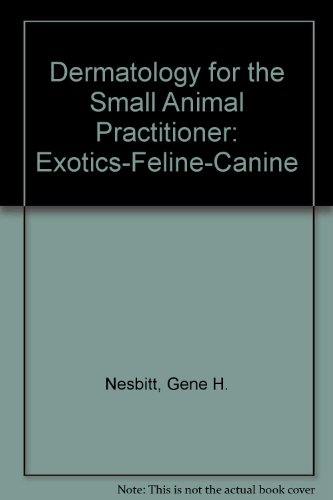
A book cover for Dermatology for the Small Animal Practitioner Exotics - Feline - Canine; Gene H. Nesbitt; Medical Books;